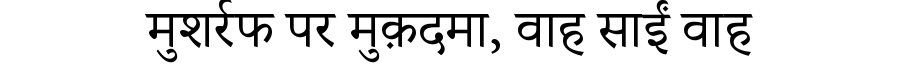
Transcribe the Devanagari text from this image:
मुशर्रफ पर मुक़दमा, वाह साईं वाह